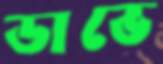
ডাভে